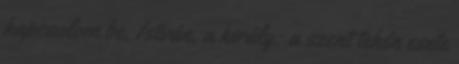
kapcsolom be. István, a király: a szent tehén esete